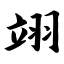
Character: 翊